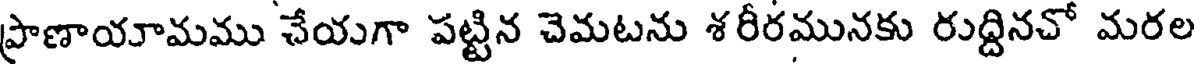
ప్రాణాయామము చేయగా పట్టిన చెమటను శరీరమునకు రుద్దినచో మరల